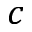
c